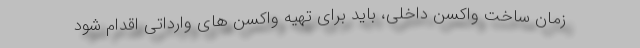
زمان ساخت واکسن داخلی، باید برای تهیه واکسن های وارداتی اقدام شود